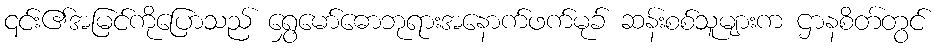
၎င်း၏အမြင်ကိုပြောသည် ရွှေမော်ဓောဘုရားအနောက်ဖက်မုခ် ဆန်းစစ်သူများက ဌာနစိတ်တွင်